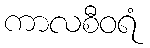
ကာလစီဝရံ